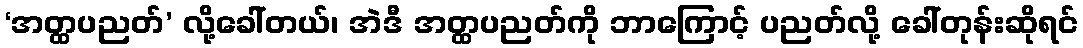
‘အတ္ထပညတ်’ လို့ခေါ်တယ်၊ အဲဒီ အတ္ထပညတ်ကို ဘာကြောင့် ပညတ်လို့ ခေါ်တုန်းဆိုရင်